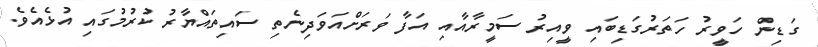
ގަޑިން ހަވީރު ހަތަރުގަޑިބައި ވީއިރު ސަމީރާއާއި އަފާ ވަރަށްއަވަދިނެތި ސައިތައްޔާރު ކުރުމުގައި އުޅެއެވެ.